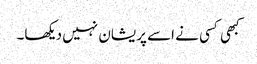
کبھی کسی نے اسے پریشان نہیں دیکھا۔